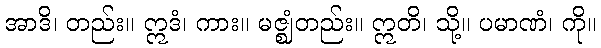
အာဒိ၊ တည်း။ ဣဒံ၊ ကား။ မဇ္ဈံတည်း။ ဣတိ၊ သို့။ ပမာဏံ၊ ကို။